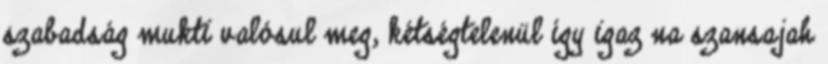
szabadság mukti valósul meg, kétségtelenül így igaz na szansajah